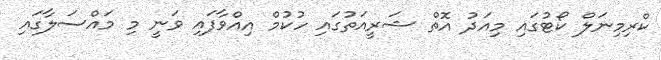
ކްރިމިނަލް ކޯޓުގައި މިއަދު އޮތް ޝަރީއަތުގައި ހުކުމް އިއްވާފައި ވަނީ މި މައްސަލާގައި